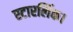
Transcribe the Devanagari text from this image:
स्टारलिंक।